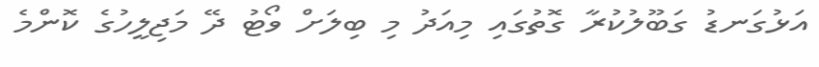
އަޅުގަނޑު ގަބޫލުކުރާ ގޮތުގައި މިއަދު މި ބިލަށް ވޯޓު ދޭ މަޖިލީހުގެ ކޮންމެ